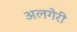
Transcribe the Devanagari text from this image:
अलगेरी